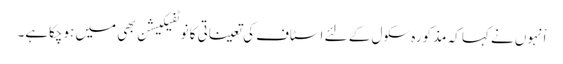
اْنہوں نے کہا کہ مذکورہ سکول کے لئے اسٹاف کی تعیناتی کا نوٹفیکیشن بھی میں ہوچکاہے۔